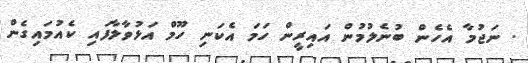
. ނަޖުމާ އެހެން ބުނެލުމުން އައިރީން ހަމަ އެކަނި ހޫމް އަޅުވާލާފައި ކެއުމައިގެން